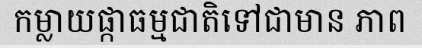
កម្លាយផ្កាធម្មជាតិទៅជាមាន ភាព